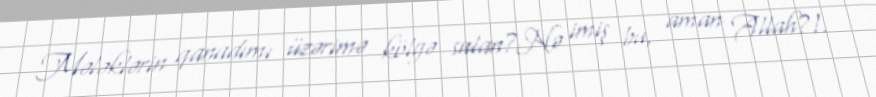
Mələklərin qanadımı üzərimə kölgə salan?Nə imiş bu, aman Allah?!.